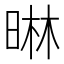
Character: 晽